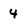
Character: 4